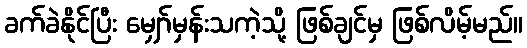
ခက်ခဲနိုင်ပြီး မျှော်မှန်းသကဲ့သို့ ဖြစ်ချင်မှ ဖြစ်လိမ့်မည်။